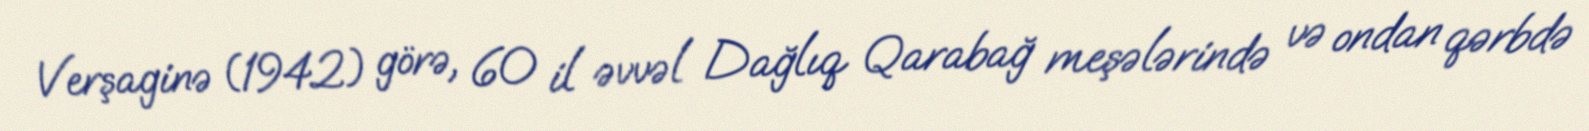
Verşaginə (1942) görə, 60 il əvvəl Dağlıq Qarabağ meşələrində və ondan qərbdə